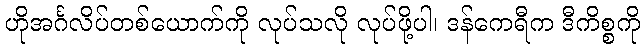
ဟိုအင်္ဂလိပ်တစ်ယောက်ကို လုပ်သလို လုပ်ဖို့ပါ၊ ဒန်ကေရီက ဒီကိစ္စကို